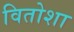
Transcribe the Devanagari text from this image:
वितोशा